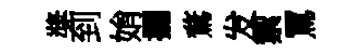
奬到姢攔鶩发禦罵